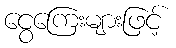
ငွေကြေးများဖြင့်